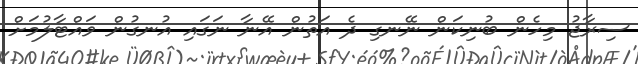
ސިރާޖު މިހެން ބުނިކަން ނޭނގި ދެ އަތުން އޭނާ ނަގައި އުނގުން ވައްޓާލުމަށް